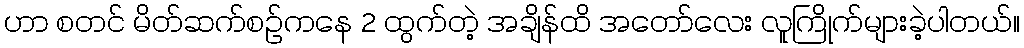
ဟာ စတင် မိတ်ဆက်စဉ်ကနေ 2 ထွက်တဲ့ အချိန်ထိ အတော်လေး လူကြိုက်များခဲ့ပါတယ်။